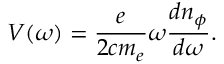
V ( \omega ) = \frac { e } { 2 c m _ { e } } \omega \frac { d n _ { \phi } } { d \omega } .